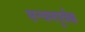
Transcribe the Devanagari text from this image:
सन्यमपूर्वक